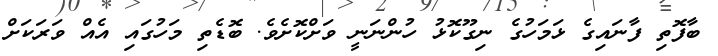
ބާފޮތި ފާނައިގެ ޅަމަހުގެ ނިގޫކޮޅު ހުންނަނީ ވަށްކޮށެވެ. ބޮޑެތި މަހުގައި އެއް ވަރަކަށް